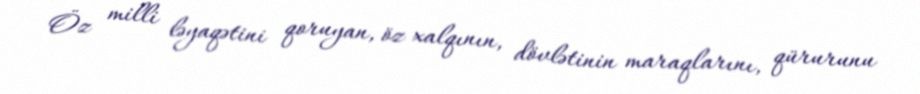
Öz milli ləyaqətini qoruyan, öz xalqının, dövlətinin maraqlarını, qürurunu